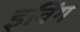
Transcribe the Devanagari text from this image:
इविंग